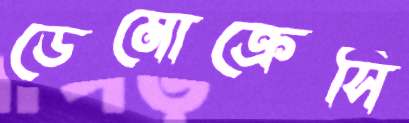
ডেমোক্রেসি